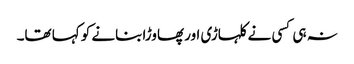
نہ ہی کسی نے کلہاڑی اور پھاوڑا بنانے کو کہا تھا۔